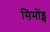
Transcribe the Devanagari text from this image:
सिमोंड्स